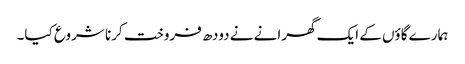
ہمارے گاؤں کے ایک گھرانے نے دودھ فروخت کرنا شروع کیا۔